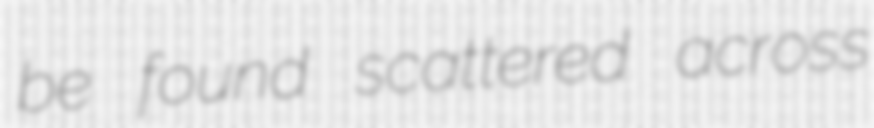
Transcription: be found scattered across